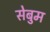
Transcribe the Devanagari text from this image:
सेबुम